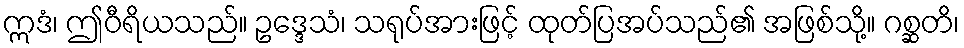
ဣဒံ၊ ဤဝီရိယသည်။ ဥဒ္ဒေသံ၊ သရုပ်အားဖြင့် ထုတ်ပြအပ်သည်၏ အဖြစ်သို့။ ဂစ္ဆတိ၊